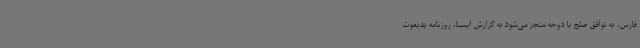
فارس، به توافق صلح با دوحه منجر می‌شود به گزارش ایسنا، روزنامه یدیعوت